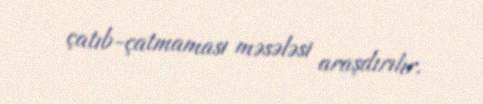
çatıb-çatmaması məsələsi araşdırılır.